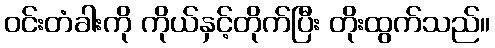
ဝင်းတံခါးကို ကိုယ်နှင့်တိုက်ပြီး တိုးထွက်သည်။